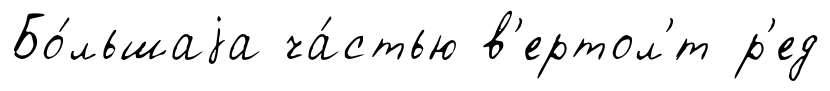
Бо́льшаjа ча́стью в'ертол'́т р'ед